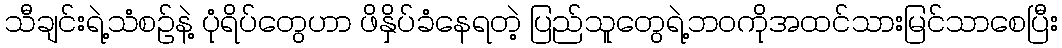
သီချင်းရဲ့သံစဉ်နဲ့ ပုံရိပ်တွေဟာ ဖိနှိပ်ခံနေရတဲ့ ပြည်သူတွေရဲ့ဘဝကိုအထင်သားမြင်သာစေပြီး